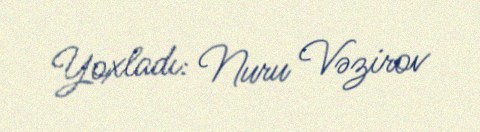
Yoxladı: Nuru Vəzirov